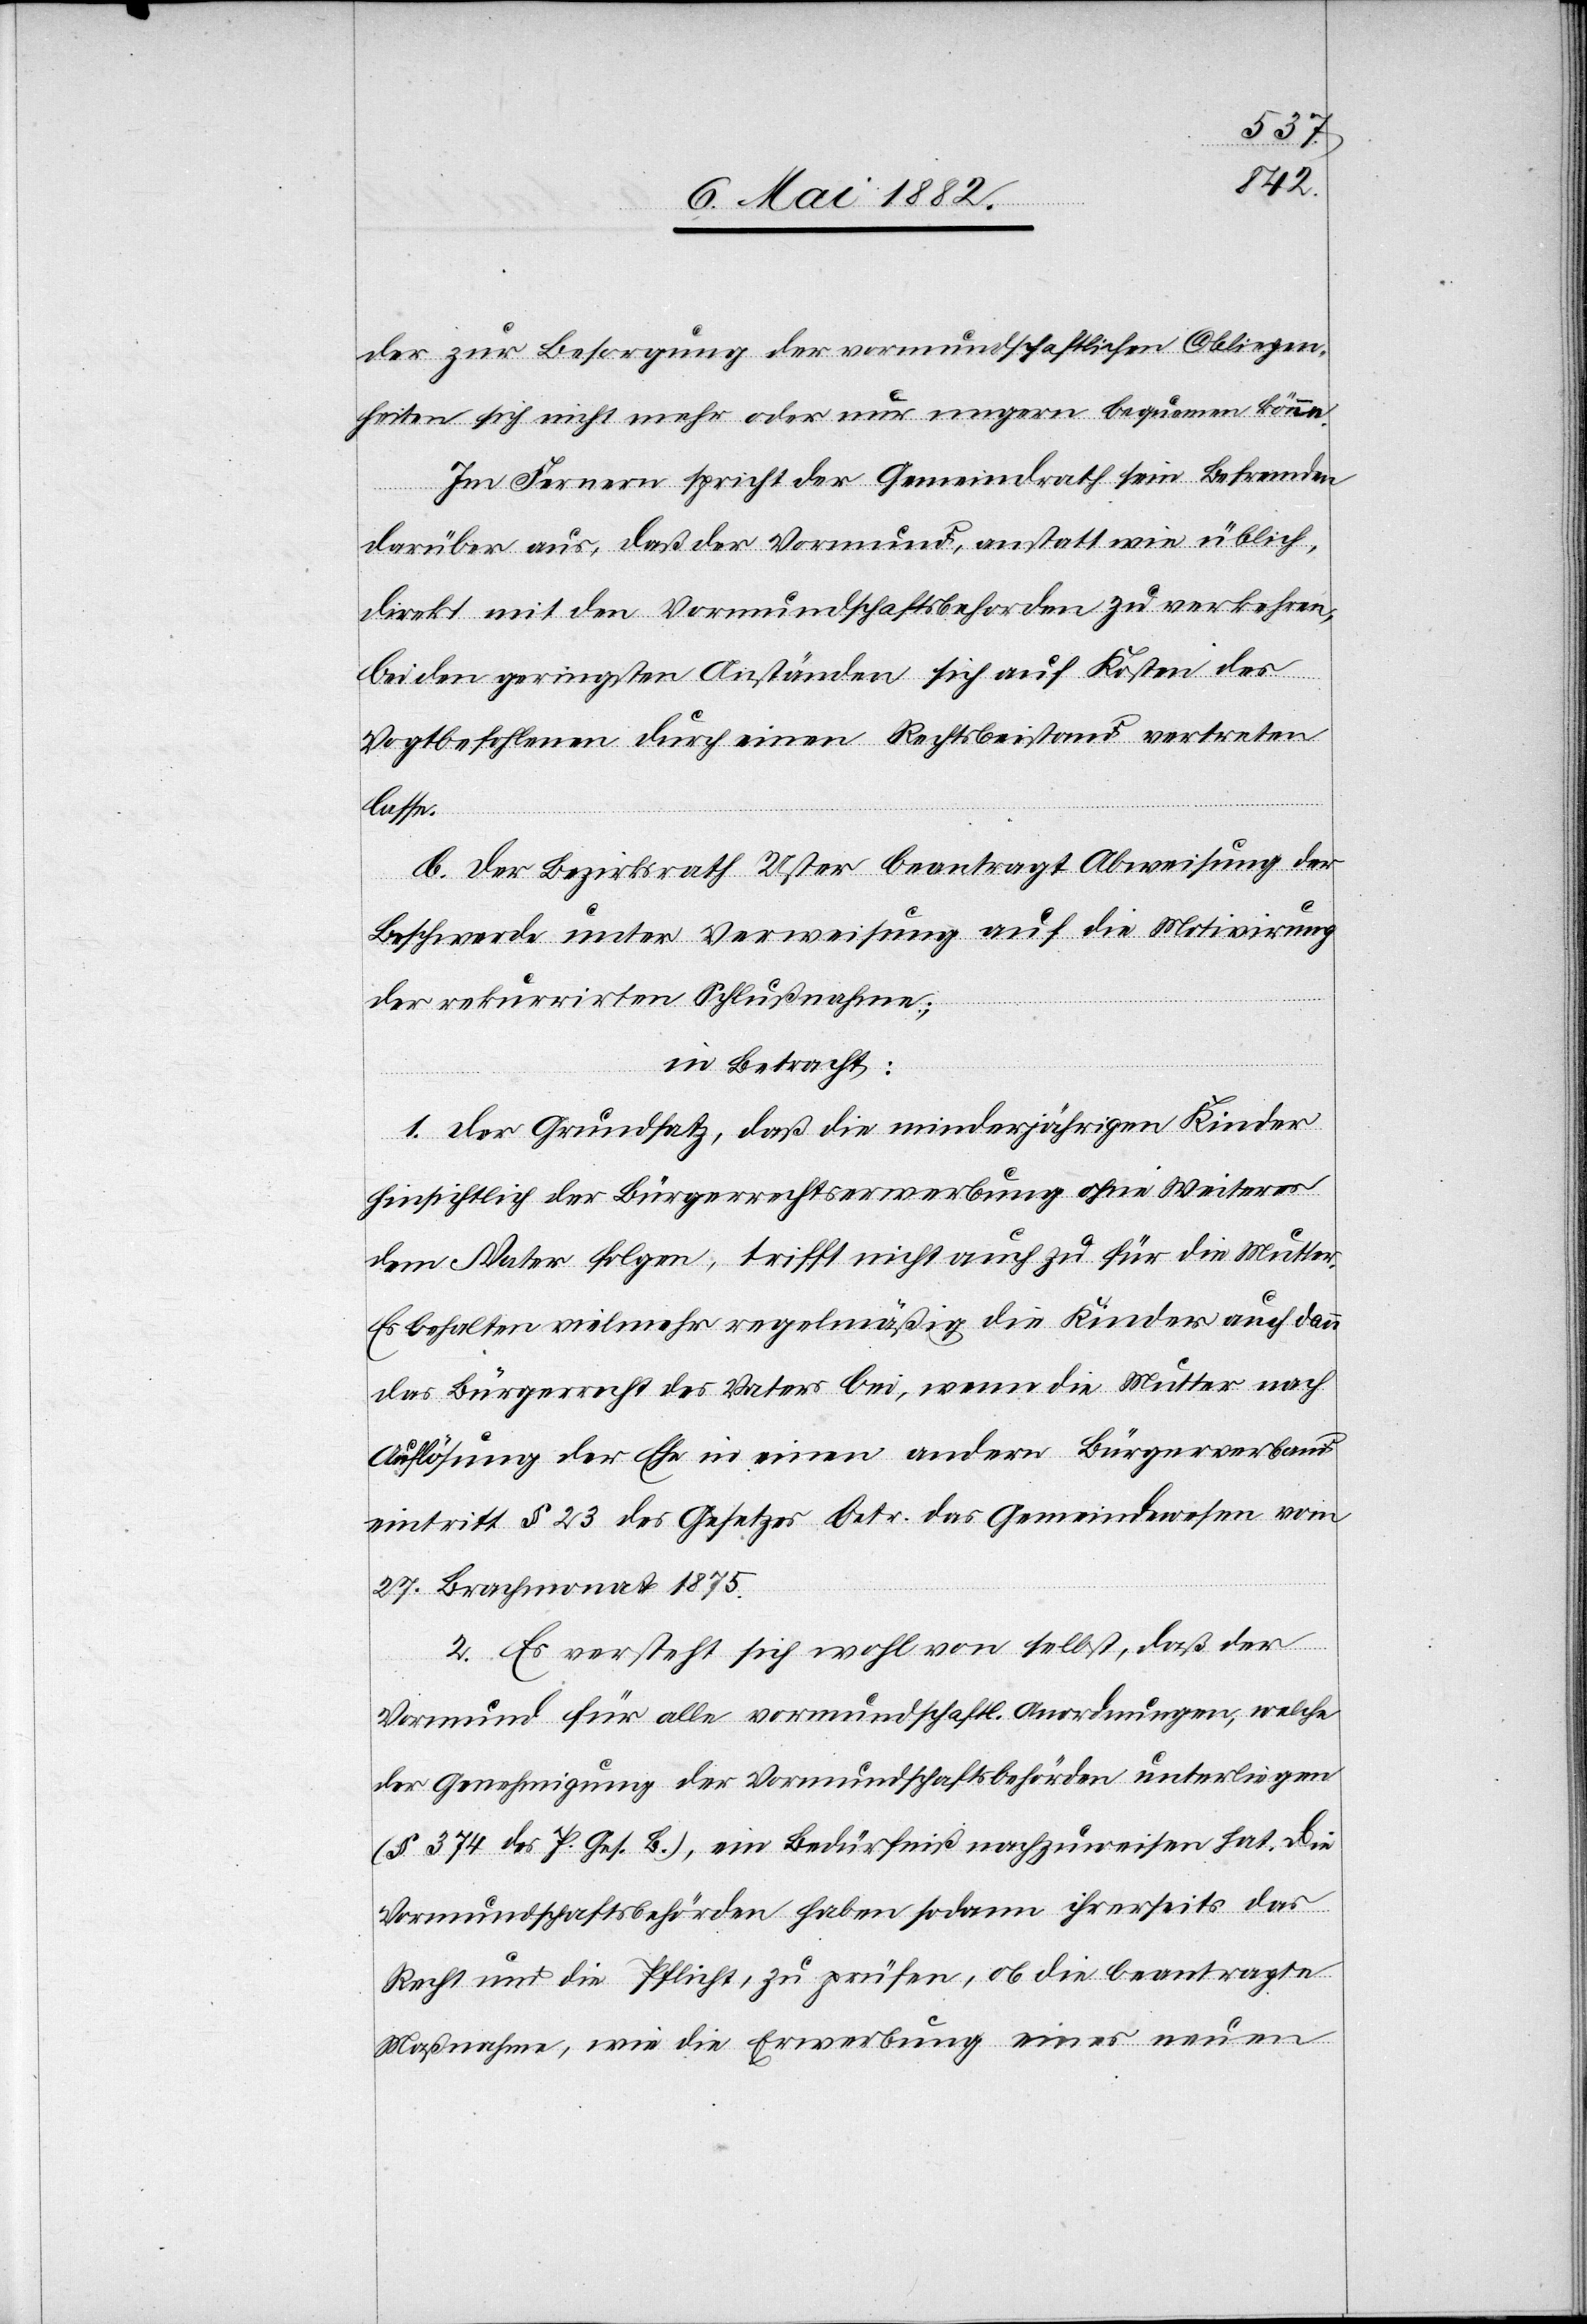
der
er] zur Besorgung der vormundschaftlichen Obliegen¬
heiten sich nicht mehr oder nur ungern bequemen könne.
Im Fernern spricht der Gemeindrath sein Befremden
darüber aus, daß der Vormund, anstatt wie üblich,
direkt mit den Vormundschaftsbehörden zu verkehren,
bei den geringsten Anständen sich auf Kosten des
Vogtbefohlenen durch einen Rechtsbeistand vertreten
lasse.
b. Der Bezirksrath Uster beantragt Abweisung der
Beschwerde unter Verweisung auf die Motivirung
der rekurrirten Schlußnahme:
in Betracht:
1. Der Grundsatz, daß die minderjährigen Kinder
hinsichtlich der Bürgerrechtserwerbung ohne Weiteres
dem Vater folgen, trifft nicht auch zu für die Mutter.
Es behalten vielmehr regelmäßig die Kinder auch dann
das Bürgerrecht des Vaters bei, wenn die Mutter nach
Auflösung der Ehe in einen andern Bürgerverband
eintritt. § 23 des Gesetzes betr. das Gemeindewesen vom
27. Brachmonat 1875.
2. Es versteht sich wohl von selbst, daß der
Vormund für alle vormundschaftl. Anordnungen, welche
der Genehmigung der Vormundschaftsbehörden unterliegen
(§ 374 des P. Ges. B.), ein Bedürfniß nachzuweisen hat. Die
Vormundschaftsbehörden haben sodann ihrerseits das
Recht und die Pflicht, zu prüfen, ob die beantragte
Maßnahme, wie die Erwerbung eines neuen